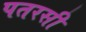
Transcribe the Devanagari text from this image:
पतरसी